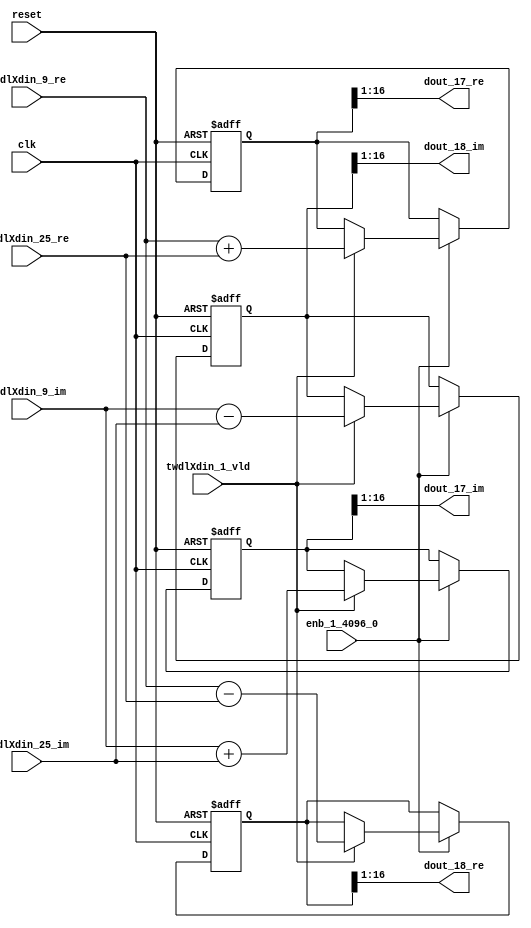
// -------------------------------------------------------------
// 
// 
// Generated by MATLAB 9.14 and HDL Coder 4.1
// 
// -------------------------------------------------------------


// -------------------------------------------------------------
// 
// Module: RADIX22FFT_SDNF1_3_block7
// Source Path: dsphdl.IFFT/RADIX22FFT_SDNF1_3
// Hierarchy Level: 4
// 
// -------------------------------------------------------------

`timescale 1 ns / 1 ns

module RADIX22FFT_SDNF1_3_block7
          (clk,
           reset,
           enb_1_4096_0,
           twdlXdin_9_re,
           twdlXdin_9_im,
           twdlXdin_25_re,
           twdlXdin_25_im,
           twdlXdin_1_vld,
           dout_17_re,
           dout_17_im,
           dout_18_re,
           dout_18_im);


  input   clk;
  input   reset;
  input   enb_1_4096_0;
  input   signed [15:0] twdlXdin_9_re;  // sfix16_En14
  input   signed [15:0] twdlXdin_9_im;  // sfix16_En14
  input   signed [15:0] twdlXdin_25_re;  // sfix16_En14
  input   signed [15:0] twdlXdin_25_im;  // sfix16_En14
  input   twdlXdin_1_vld;
  output  signed [15:0] dout_17_re;  // sfix16_En14
  output  signed [15:0] dout_17_im;  // sfix16_En14
  output  signed [15:0] dout_18_re;  // sfix16_En14
  output  signed [15:0] dout_18_im;  // sfix16_En14


  reg signed [16:0] Radix22ButterflyG1_NF_btf1_re_reg;  // sfix17
  reg signed [16:0] Radix22ButterflyG1_NF_btf1_im_reg;  // sfix17
  reg signed [16:0] Radix22ButterflyG1_NF_btf2_re_reg;  // sfix17
  reg signed [16:0] Radix22ButterflyG1_NF_btf2_im_reg;  // sfix17
  reg  Radix22ButterflyG1_NF_dinXtwdl_vld_dly1;
  reg signed [16:0] Radix22ButterflyG1_NF_btf1_re_reg_next;  // sfix17_En14
  reg signed [16:0] Radix22ButterflyG1_NF_btf1_im_reg_next;  // sfix17_En14
  reg signed [16:0] Radix22ButterflyG1_NF_btf2_re_reg_next;  // sfix17_En14
  reg signed [16:0] Radix22ButterflyG1_NF_btf2_im_reg_next;  // sfix17_En14
  reg  Radix22ButterflyG1_NF_dinXtwdl_vld_dly1_next;
  reg signed [15:0] dout_17_re_1;  // sfix16_En14
  reg signed [15:0] dout_17_im_1;  // sfix16_En14
  reg signed [15:0] dout_18_re_1;  // sfix16_En14
  reg signed [15:0] dout_18_im_1;  // sfix16_En14
  reg  dout_17_vld;
  reg signed [16:0] Radix22ButterflyG1_NF_add_cast;  // sfix17_En14
  reg signed [16:0] Radix22ButterflyG1_NF_add_cast_0;  // sfix17_En14
  reg signed [16:0] Radix22ButterflyG1_NF_sra_temp;  // sfix17_En14
  reg signed [16:0] Radix22ButterflyG1_NF_sub_cast;  // sfix17_En14
  reg signed [16:0] Radix22ButterflyG1_NF_sub_cast_0;  // sfix17_En14
  reg signed [16:0] Radix22ButterflyG1_NF_sra_temp_0;  // sfix17_En14
  reg signed [16:0] Radix22ButterflyG1_NF_add_cast_1;  // sfix17_En14
  reg signed [16:0] Radix22ButterflyG1_NF_add_cast_2;  // sfix17_En14
  reg signed [16:0] Radix22ButterflyG1_NF_sra_temp_1;  // sfix17_En14
  reg signed [16:0] Radix22ButterflyG1_NF_sub_cast_1;  // sfix17_En14
  reg signed [16:0] Radix22ButterflyG1_NF_sub_cast_2;  // sfix17_En14
  reg signed [16:0] Radix22ButterflyG1_NF_sra_temp_2;  // sfix17_En14


  // Radix22ButterflyG1_NF
  always @(posedge clk or posedge reset)
    begin : Radix22ButterflyG1_NF_process
      if (reset == 1'b1) begin
        Radix22ButterflyG1_NF_btf1_re_reg <= 17'sb00000000000000000;
        Radix22ButterflyG1_NF_btf1_im_reg <= 17'sb00000000000000000;
        Radix22ButterflyG1_NF_btf2_re_reg <= 17'sb00000000000000000;
        Radix22ButterflyG1_NF_btf2_im_reg <= 17'sb00000000000000000;
        Radix22ButterflyG1_NF_dinXtwdl_vld_dly1 <= 1'b0;
      end
      else begin
        if (enb_1_4096_0) begin
          Radix22ButterflyG1_NF_btf1_re_reg <= Radix22ButterflyG1_NF_btf1_re_reg_next;
          Radix22ButterflyG1_NF_btf1_im_reg <= Radix22ButterflyG1_NF_btf1_im_reg_next;
          Radix22ButterflyG1_NF_btf2_re_reg <= Radix22ButterflyG1_NF_btf2_re_reg_next;
          Radix22ButterflyG1_NF_btf2_im_reg <= Radix22ButterflyG1_NF_btf2_im_reg_next;
          Radix22ButterflyG1_NF_dinXtwdl_vld_dly1 <= Radix22ButterflyG1_NF_dinXtwdl_vld_dly1_next;
        end
      end
    end

  always @(Radix22ButterflyG1_NF_btf1_im_reg, Radix22ButterflyG1_NF_btf1_re_reg,
       Radix22ButterflyG1_NF_btf2_im_reg, Radix22ButterflyG1_NF_btf2_re_reg,
       Radix22ButterflyG1_NF_dinXtwdl_vld_dly1, twdlXdin_1_vld, twdlXdin_25_im,
       twdlXdin_25_re, twdlXdin_9_im, twdlXdin_9_re) begin
    Radix22ButterflyG1_NF_add_cast = 17'sb00000000000000000;
    Radix22ButterflyG1_NF_add_cast_0 = 17'sb00000000000000000;
    Radix22ButterflyG1_NF_sub_cast = 17'sb00000000000000000;
    Radix22ButterflyG1_NF_sub_cast_0 = 17'sb00000000000000000;
    Radix22ButterflyG1_NF_add_cast_1 = 17'sb00000000000000000;
    Radix22ButterflyG1_NF_add_cast_2 = 17'sb00000000000000000;
    Radix22ButterflyG1_NF_sub_cast_1 = 17'sb00000000000000000;
    Radix22ButterflyG1_NF_sub_cast_2 = 17'sb00000000000000000;
    Radix22ButterflyG1_NF_btf1_re_reg_next = Radix22ButterflyG1_NF_btf1_re_reg;
    Radix22ButterflyG1_NF_btf1_im_reg_next = Radix22ButterflyG1_NF_btf1_im_reg;
    Radix22ButterflyG1_NF_btf2_re_reg_next = Radix22ButterflyG1_NF_btf2_re_reg;
    Radix22ButterflyG1_NF_btf2_im_reg_next = Radix22ButterflyG1_NF_btf2_im_reg;
    Radix22ButterflyG1_NF_dinXtwdl_vld_dly1_next = twdlXdin_1_vld;
    if (twdlXdin_1_vld) begin
      Radix22ButterflyG1_NF_add_cast = {twdlXdin_9_re[15], twdlXdin_9_re};
      Radix22ButterflyG1_NF_add_cast_0 = {twdlXdin_25_re[15], twdlXdin_25_re};
      Radix22ButterflyG1_NF_btf1_re_reg_next = Radix22ButterflyG1_NF_add_cast + Radix22ButterflyG1_NF_add_cast_0;
      Radix22ButterflyG1_NF_sub_cast = {twdlXdin_9_re[15], twdlXdin_9_re};
      Radix22ButterflyG1_NF_sub_cast_0 = {twdlXdin_25_re[15], twdlXdin_25_re};
      Radix22ButterflyG1_NF_btf2_re_reg_next = Radix22ButterflyG1_NF_sub_cast - Radix22ButterflyG1_NF_sub_cast_0;
      Radix22ButterflyG1_NF_add_cast_1 = {twdlXdin_9_im[15], twdlXdin_9_im};
      Radix22ButterflyG1_NF_add_cast_2 = {twdlXdin_25_im[15], twdlXdin_25_im};
      Radix22ButterflyG1_NF_btf1_im_reg_next = Radix22ButterflyG1_NF_add_cast_1 + Radix22ButterflyG1_NF_add_cast_2;
      Radix22ButterflyG1_NF_sub_cast_1 = {twdlXdin_9_im[15], twdlXdin_9_im};
      Radix22ButterflyG1_NF_sub_cast_2 = {twdlXdin_25_im[15], twdlXdin_25_im};
      Radix22ButterflyG1_NF_btf2_im_reg_next = Radix22ButterflyG1_NF_sub_cast_1 - Radix22ButterflyG1_NF_sub_cast_2;
    end
    Radix22ButterflyG1_NF_sra_temp = Radix22ButterflyG1_NF_btf1_re_reg >>> 8'd1;
    dout_17_re_1 = Radix22ButterflyG1_NF_sra_temp[15:0];
    Radix22ButterflyG1_NF_sra_temp_0 = Radix22ButterflyG1_NF_btf1_im_reg >>> 8'd1;
    dout_17_im_1 = Radix22ButterflyG1_NF_sra_temp_0[15:0];
    Radix22ButterflyG1_NF_sra_temp_1 = Radix22ButterflyG1_NF_btf2_re_reg >>> 8'd1;
    dout_18_re_1 = Radix22ButterflyG1_NF_sra_temp_1[15:0];
    Radix22ButterflyG1_NF_sra_temp_2 = Radix22ButterflyG1_NF_btf2_im_reg >>> 8'd1;
    dout_18_im_1 = Radix22ButterflyG1_NF_sra_temp_2[15:0];
    dout_17_vld = Radix22ButterflyG1_NF_dinXtwdl_vld_dly1;
  end



  assign dout_17_re = dout_17_re_1;

  assign dout_17_im = dout_17_im_1;

  assign dout_18_re = dout_18_re_1;

  assign dout_18_im = dout_18_im_1;

endmodule  // RADIX22FFT_SDNF1_3_block7